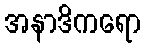
အနာဒိကရော